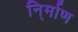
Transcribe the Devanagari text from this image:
नि्र्माण